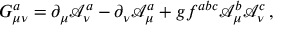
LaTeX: G _ { \mu \nu } ^ { a } = \partial _ { \mu } { \mathcal { A } } _ { \nu } ^ { a } - \partial _ { \nu } { \mathcal { A } } _ { \mu } ^ { a } + g f ^ { a b c } { \mathcal { A } } _ { \mu } ^ { b } { \mathcal { A } } _ { \nu } ^ { c } \, ,